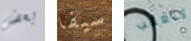
بعض سيفا تتعقب